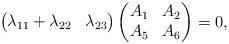
LaTeX: \begin{align*} \begin{pmatrix} \lambda_{11}+\lambda_{22} & \lambda_{23} \end{pmatrix} \begin{pmatrix} A_1 & A_2 \\ A_5 & A_6 \end{pmatrix} =0,\end{align*}